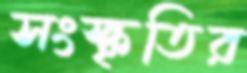
সংস্কৃতির